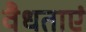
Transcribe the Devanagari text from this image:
वैधताएं